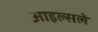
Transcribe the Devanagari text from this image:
आइल्सले